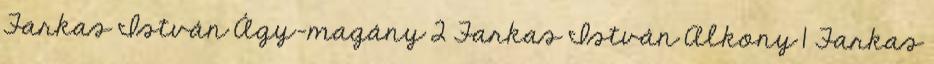
Farkas István Ágy-magány 2 Farkas István Alkony 1 Farkas